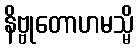
နိဗ္ဗုတောဟမသ္မိ